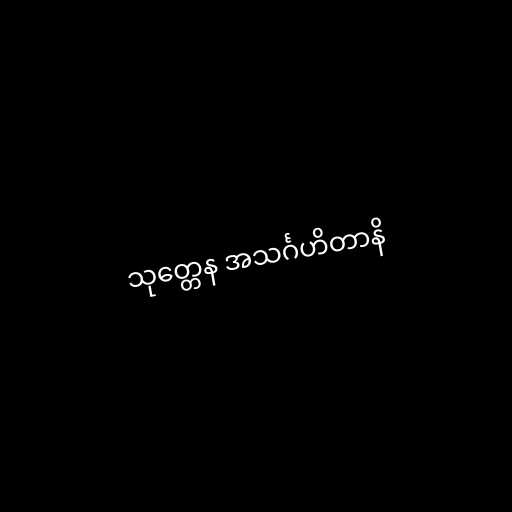
သုတ္တေန အသင်္ဂဟိတာနိ